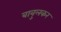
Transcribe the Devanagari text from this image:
बावुलकर